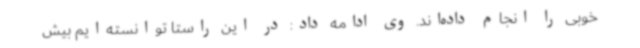
خوبی را انجام داده‌اند. وی ادامه داد: در این راستا توانسته‌ایم بیش